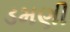
ડમણી